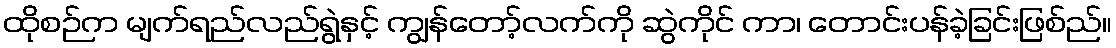
ထိုစဉ်က မျက်ရည်လည်ရွဲနှင့် ကျွန်တော့်လက်ကို ဆွဲကိုင် ကာ၊ တောင်းပန်ခဲ့ခြင်းဖြစ်ည်။